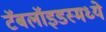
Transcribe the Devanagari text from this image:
टॅबलॉइडस्मध्ये